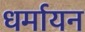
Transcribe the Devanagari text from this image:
धर्मायन